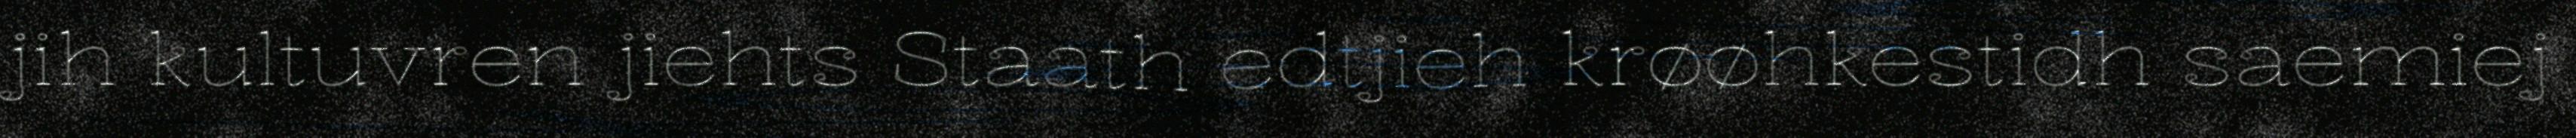
jih kultuvren jiehts Staath edtjieh krøøhkestidh saemiej